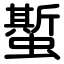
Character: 蟴